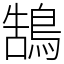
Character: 鵠